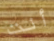
أنت